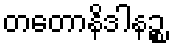
တတောနိဒါနဉ္စ